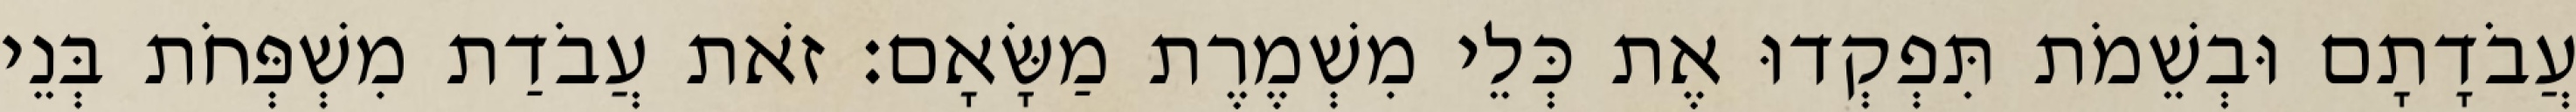
עֲבֹדָתָם וּבְשֵׁמֹת תִּפְקְדוּ אֶת כְּלֵי מִשְׁמֶרֶת מַשָּׂאָם׃ זֹאת עֲבֹדַת מִשְׁפְּחֹת בְּנֵי